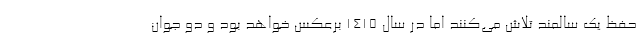
حفظ یک سالمند تلاش می‌کنند اما در سال ۱۴۱۵ برعکس خواهد بود و دو جوان